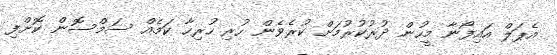
އެޕަލް އައިފޯނާ މީހުން ދުރުކުރުމަށް ކުރެވެން ހުރި ހުރިހާ ކަމެއް ސަމްސޮން ކޮށްފި